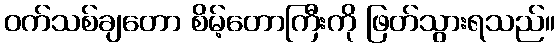
ဝက်သစ်ချတော စိမ့်တောကြီးကို ဖြတ်သွားရသည်။